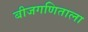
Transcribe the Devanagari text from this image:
बीजगणिताला